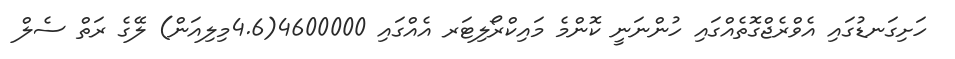
ހަށިގަނޑުގައި އެވްރެޖްގޮތެއްގައި ހުންނަނީ ކޮންމެ މައިކްރޯލިޓަރ އެއްގައި 4600000(4.6މިލިއަން) ލޭގެ ރަތް ސެލް